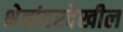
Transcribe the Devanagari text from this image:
क्षेत्रांवरदेखील